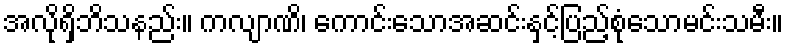
အလိုရှိဘိသနည်း။ ကလျာဏိ၊ ကောင်းသောအဆင်းနှင့်ပြည့်စုံသောမင်းသမီး။